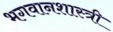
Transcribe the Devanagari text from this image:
भगवानशास्त्री